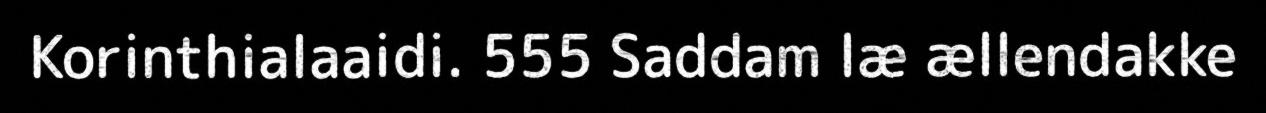
Korinthialaaidi. 555 Saddam læ ællendakke